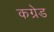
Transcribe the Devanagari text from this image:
कग्रेड